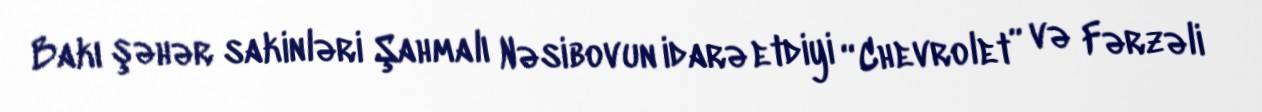
Bakı şəhər sakinləri Şahmalı Nəsibovun idarə etdiyi “Chevrolet” və Fərzəli